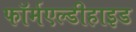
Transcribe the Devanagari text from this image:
फॉर्मएल्डीहाइड